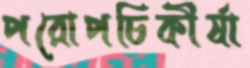
পরোপচিকীর্ষা